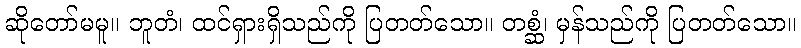
ဆိုတော်မမူ။ ဘူတံ၊ ထင်ရှားရှိသည်ကို ပြတတ်သော။ တစ္ဆံ၊ မှန်သည်ကို ပြတတ်သော။